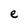
Character: e